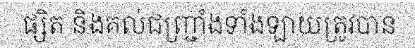
ផ្សិត និងគល់ជញ្ជ្រាំងទាំងឡាយត្រូវបាន